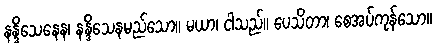
နန္ဒိသေနေန၊ နန္ဒိသေနမည်သော။ မယာ၊ ငါသည်။ ပေသိတာ၊ စေအပ်ကုန်သော။